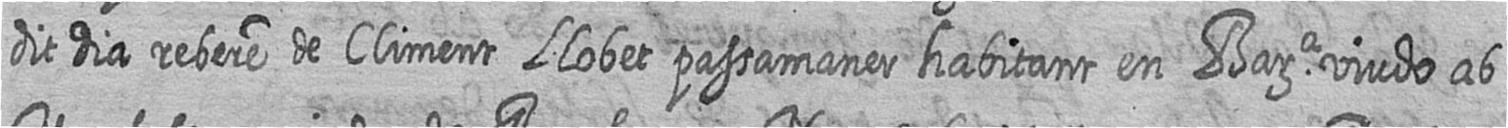
dit dia rebere de Climent Llobet passamaner habitant en Bara viudo ab